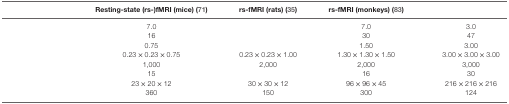
<table><thead><tr><td>[EMPTY_CELL]</td><td><b>Resting-state (rs-)fMRI (mice) (71)</b></td><td><b>rs-fMRI (rats) (35)</b></td><td><b>rs-fMRI (monkeys) (83)</b></td><td>[EMPTY_CELL]</td></tr></thead><tbody><tr><td>[EMPTY_CELL]</td><td>7.0</td><td>[EMPTY_CELL]</td><td>7.0</td><td>3.0</td></tr><tr><td>[EMPTY_CELL]</td><td>16</td><td>[EMPTY_CELL]</td><td>30</td><td>47</td></tr><tr><td>[EMPTY_CELL]</td><td>0.75</td><td>[EMPTY_CELL]</td><td>1.50</td><td>3.00</td></tr><tr><td>[EMPTY_CELL]</td><td>0.23 × 0.23 × 0.75</td><td>0.23 × 0.23 × 1.00</td><td>1.30 × 1.30 × 1.50</td><td>3.00 × 3.00 × 3.00</td></tr><tr><td>[EMPTY_CELL]</td><td>1,000</td><td>2,000</td><td>2,000</td><td>3,000</td></tr><tr><td>[EMPTY_CELL]</td><td>15</td><td>[EMPTY_CELL]</td><td>16</td><td>30</td></tr><tr><td>[EMPTY_CELL]</td><td>23 × 20 × 12</td><td>30 × 30 × 12</td><td>96 × 96 × 45</td><td>216 × 216 × 216</td></tr><tr><td>[EMPTY_CELL]</td><td>360</td><td>150</td><td>300</td><td>124</td></tr></tbody></table>